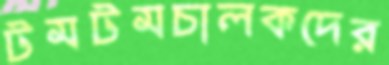
টমটমচালকদের